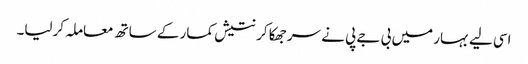
اسی لیے بہار میں بی جے پی نے سر جھکا کر نتیش کمار کے ساتھ معاملہ کرلیا۔